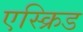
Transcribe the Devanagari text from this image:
एस्क्रिड